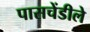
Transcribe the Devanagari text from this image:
पासचेंडीले